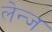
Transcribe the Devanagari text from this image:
लेन्ज